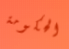
الحكومة